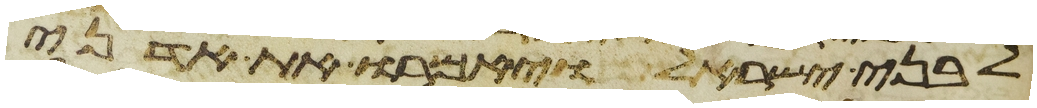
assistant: לבני ישראל ויאמרו את אדני